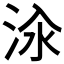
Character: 𱦔